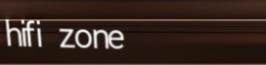
hifi zone